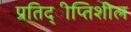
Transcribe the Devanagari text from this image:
प्रतिद्ीप्तिशील